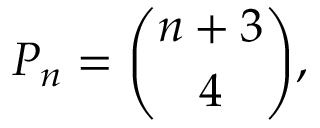
P _ { n } = { \binom { n + 3 } { 4 } } ,